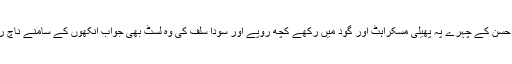
معروف حسن کے چہرے پہ پھیلی مسکراہٹ اور گود میں رکھے کچھ روپے اور سودا سلف کی وہ لسٹ بھی جواب آنکھوں کے سامنے ناچ رہی تھی۔